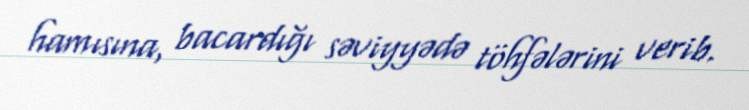
hamısına, bacardığı səviyyədə töhfələrini verib.